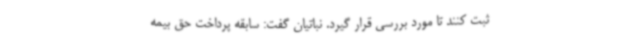
ثبت کنند تا مورد بررسی قرار گیرد. نباتیان گفت: سابقه پرداخت حق بیمه